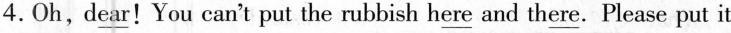
4.Oh,\underline{dear} !You can't put the rubbish \underline{here} and th\underline{ere} . Please put it